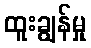
ထူးချွန်မှု